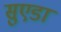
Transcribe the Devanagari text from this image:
सुएडा